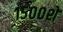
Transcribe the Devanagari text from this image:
१५००शे